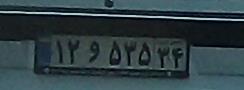
۱۲و۵۳۵۳۴